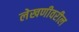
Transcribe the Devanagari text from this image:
लेखणीवरील